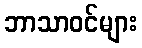
ဘာသာဝင်များ